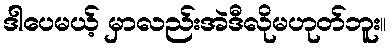
ဒါပေမယ့် မှာလည်းအဲဒီလိုမဟုတ်ဘူး။